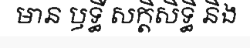
មាន ឫទ្ធី សក្តិសិទ្ធិ និង